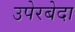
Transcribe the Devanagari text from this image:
उपेरबेदा